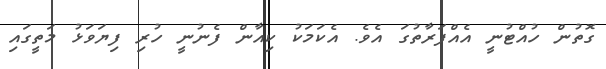
ގޮތުން ހުއްޓުނީ އެއްފަރާތުގަ އެވެ. އެކަމަކު ކިއާން ފެނުނީ ހުރި ފިޔަވަޅު މަތީގައި